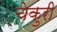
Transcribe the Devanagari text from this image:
चेकुरी